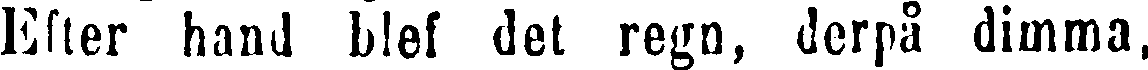
Efter hand blef det regn, derpå dimma,